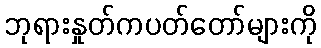
ဘုရားနှုတ်ကပတ်တော်များကို